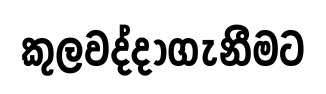
කුලවද්දාගැනීමට